Bréfritari: Bjarni Jónsson
Viðtakandi: Jón Borgfirðings Jónsson
Dagsetning: A-1868-11-15
Skrifað á: Bændagerði  Eyf.

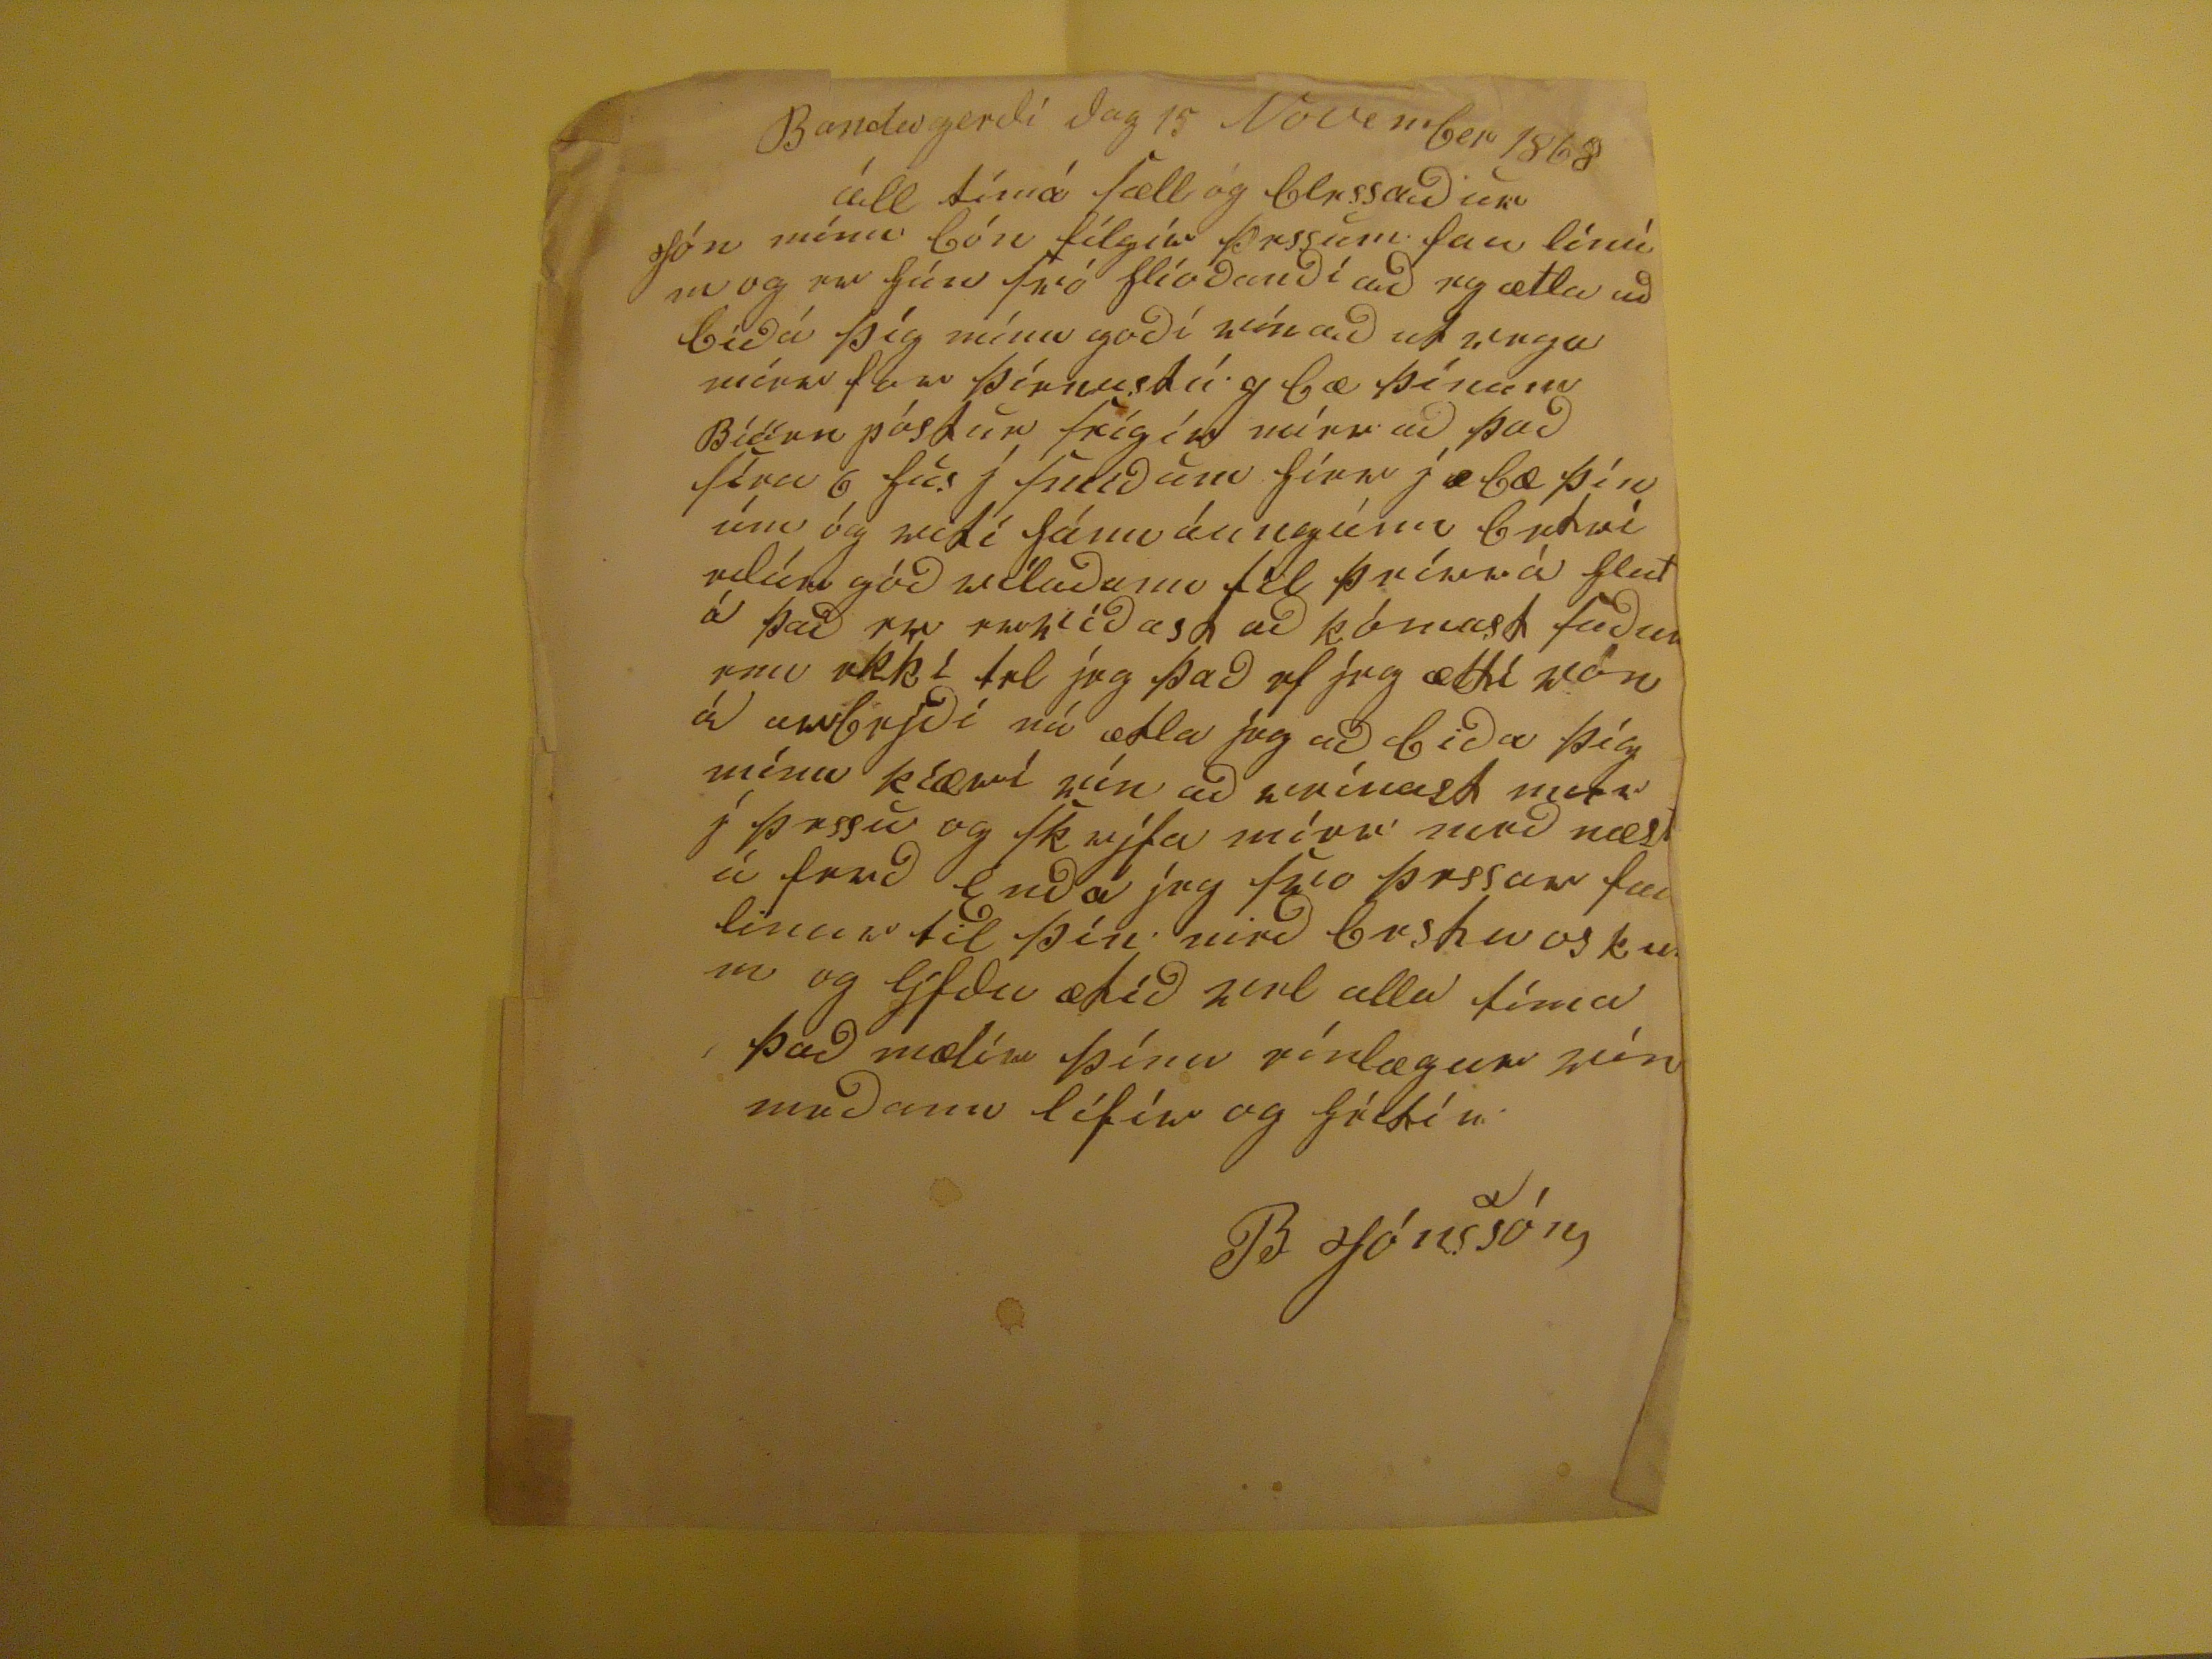

Bandagerði dag 15 Nóvember 1868
áll tímá sæll og blessaður Jón minn bón fílgía þessum fau línúm og var hún svó
hlíodandí að
eg ætla að bíðá þíg mínn goðí vín að utvega
mérar fáar þíenustú g bæ
þínum Bíöun póstur frígív míru að það síra 6 fíos j
sinðum fírr j
æ
bæ þínúm óg eckí
fánn án negúm ????? góð viladunn fil þeím á flest á það er erklíðasa að kómast suður enn
ekkt tel jeg það ef jeg ætti von á avbrjði nú ætla jeg að biða þíg mínn kíærri vín að reínast mier j þessu og skrifa mier með næst á erð Enda jeg svo þessar fáu linur til þín með bestu oskum og ljfðu ætíð vel alla tíma það mælir þinn eínlægur vín meðann lífír og
???
B Jónsson